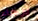
برجاء